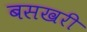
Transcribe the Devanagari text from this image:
बसखरी